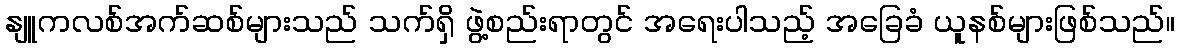
နျူကလစ်အက်ဆစ်များသည် သက်ရှိ ဖွဲ့စည်းရာတွင် အရေးပါသည့် အခြေခံ ယူနစ်များဖြစ်သည်။